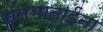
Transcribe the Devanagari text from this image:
सुलभाताईंना